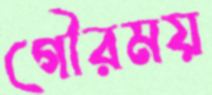
গৌরময়